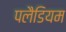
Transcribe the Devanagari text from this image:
पलैडियम